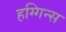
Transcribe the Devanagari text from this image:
हग्गिन्स